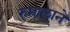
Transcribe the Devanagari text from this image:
रुमालाने